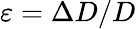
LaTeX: \varepsilon=\Delta D/D